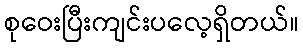
စုဝေးပြီးကျင်းပလေ့ရှိတယ်။